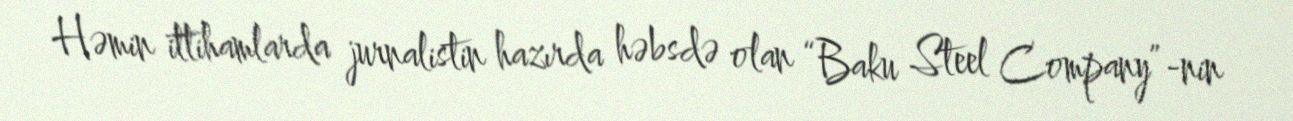
Həmin ittihamlarda jurnalistin hazırda həbsdə olan “Baku Steel Company”-nin